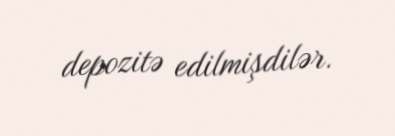
depozitə edilmişdilər.